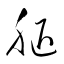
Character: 腿